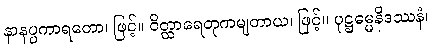
နာနပ္ပကာရတော၊ ဖြင့်။ ဝိတ္ထာရေတုကမျတာယ၊ ဖြင့်။ ပုဋ္ဌဓမ္မနိဒဿနံ၊